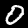
Digit: 0